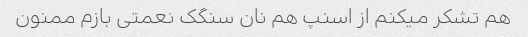
هم تشکر میکنم از اسنپ هم نان سنگک نعمتی بازم ممنون